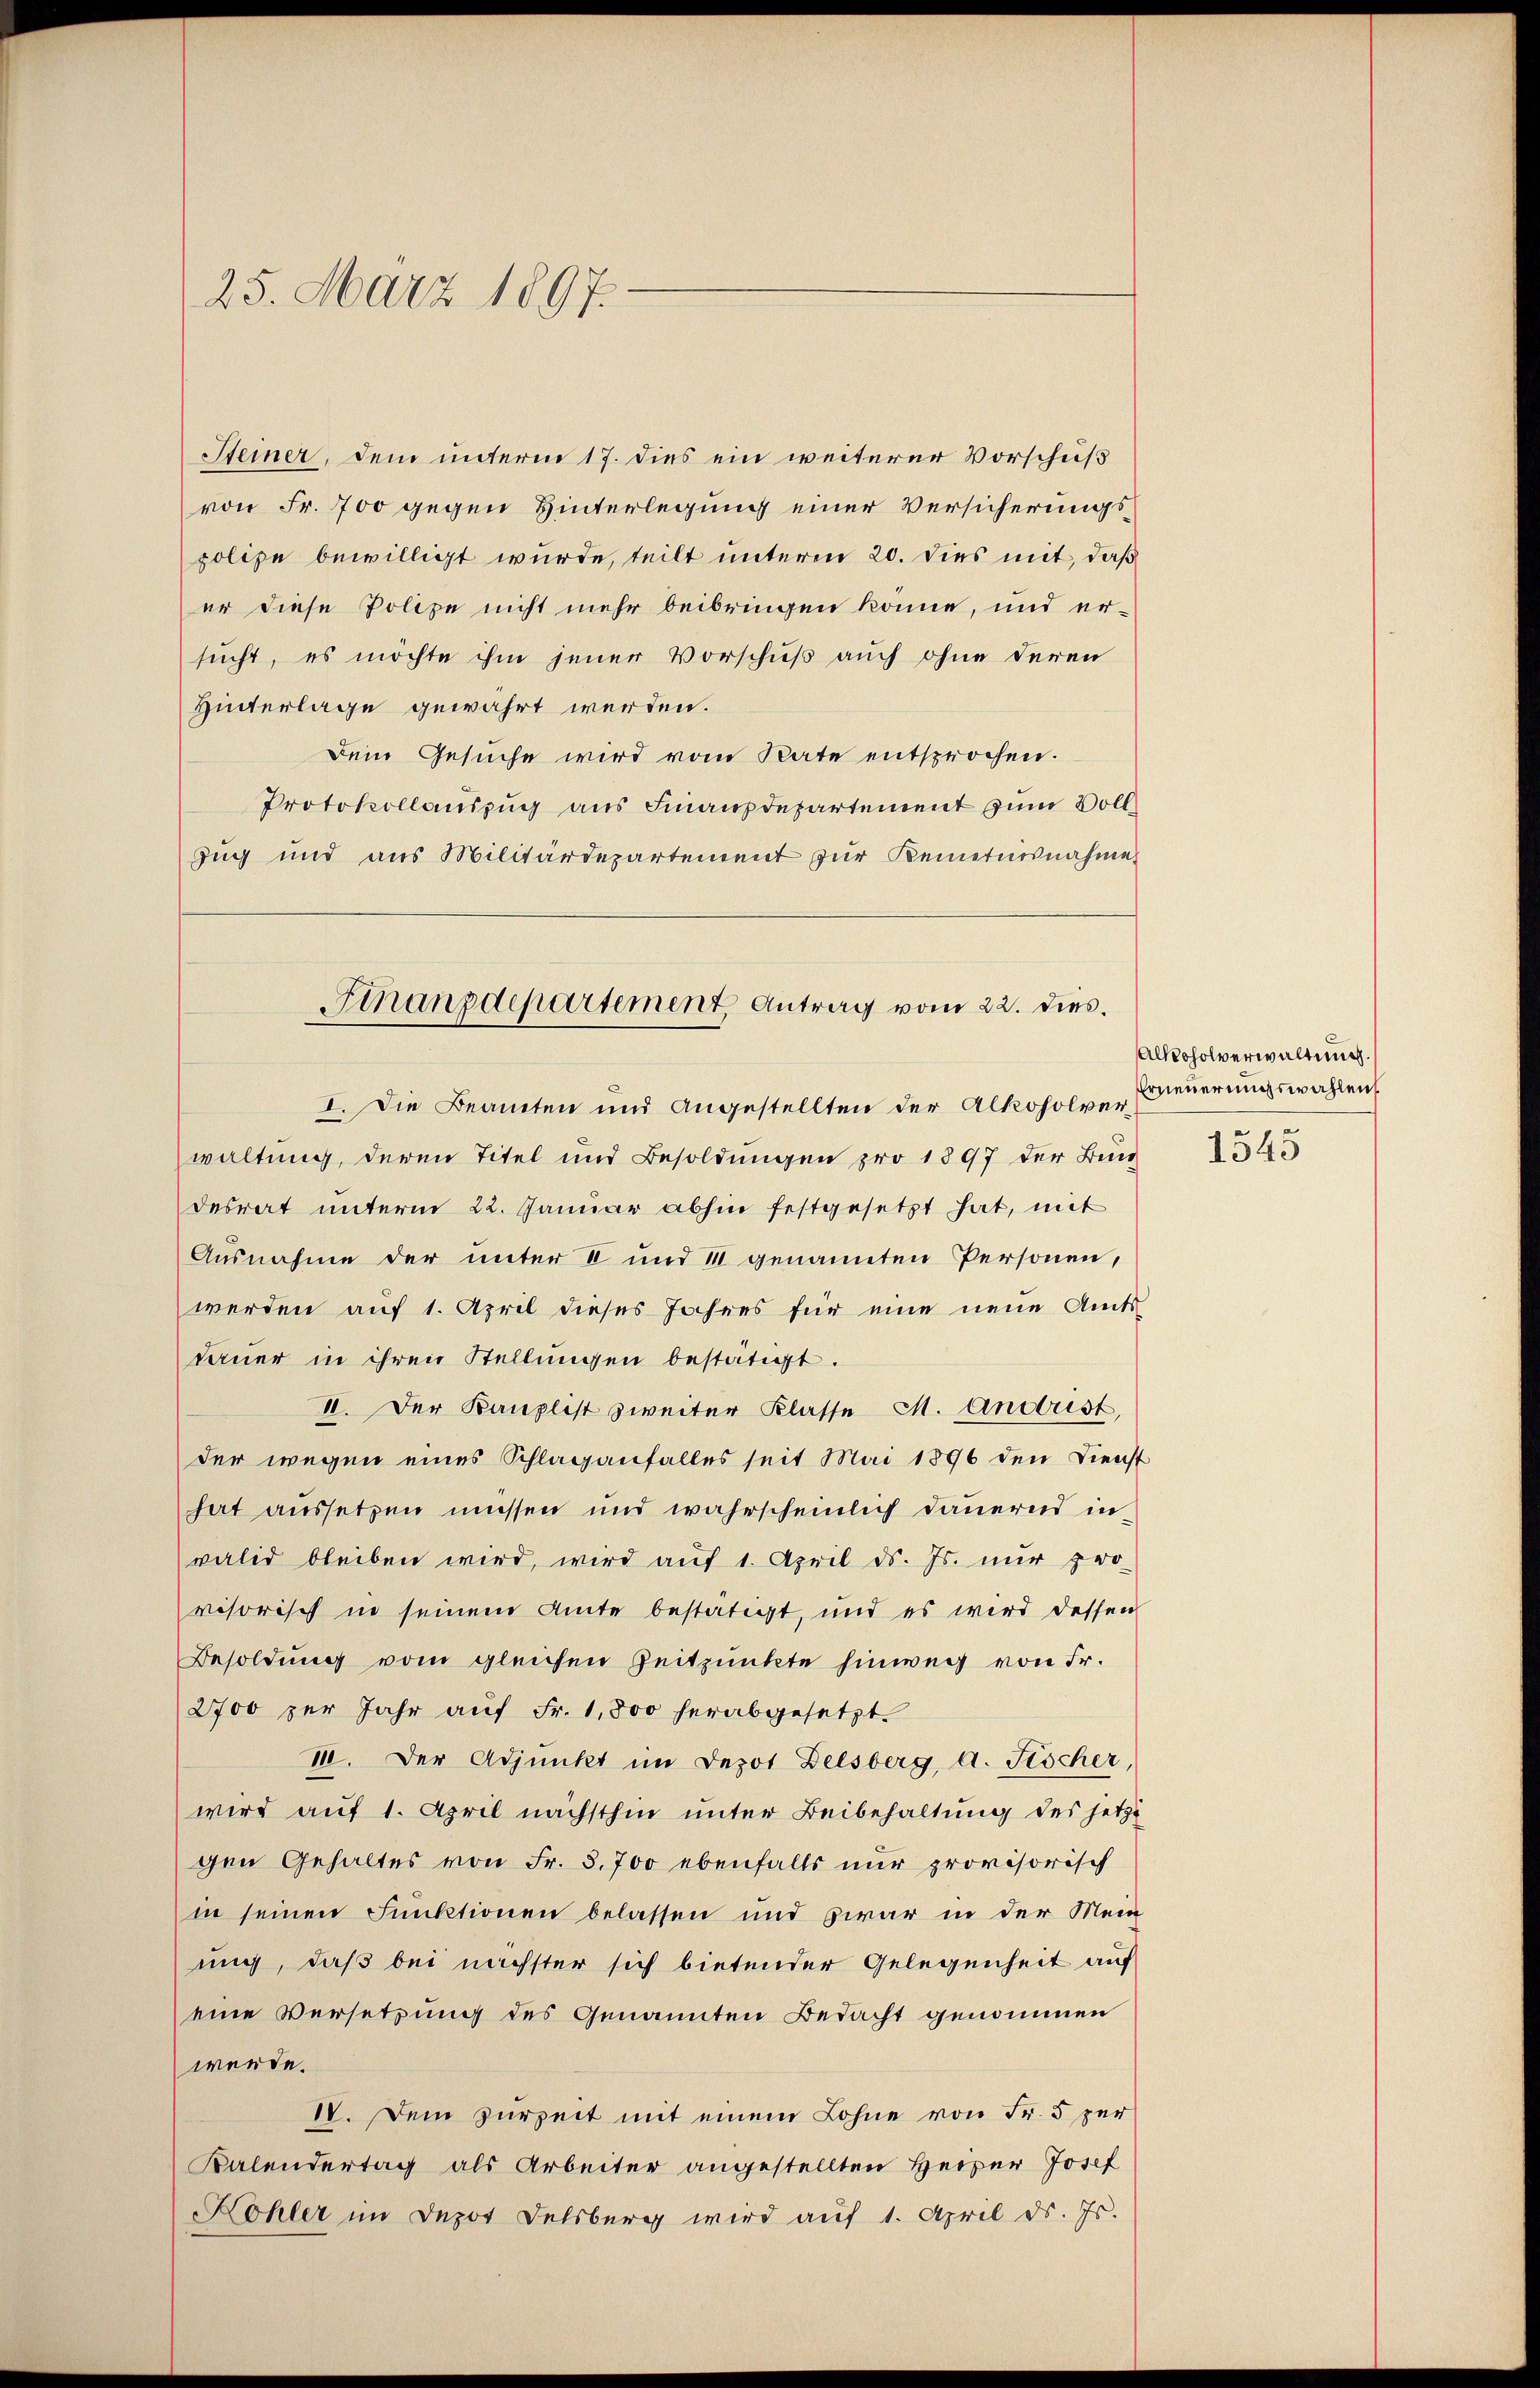
25. März 1897.

Steiner, dem unterm 17. dies ein weiterer Vorschuß
von Fr. 700 gegen Hinterlegung einer Versicherungspolipe bewilligt wurde, teilt unterm 20. dies mit, daß
er diese Polize nicht mehr beibringen könne, und ersucht, es möchte ihm jener Vorschuß auch ohne deren
Hinterlage gewährt werden.
Dein Gesuche wird vom Rate entsprochen.
Protokollauszug aus Finanzdepartement zum Voll¬
Zug und aus Militärdepartement zur Kenntnisnahme
waltung, deren Titel und Besoldungen pro 1897 der Bun
desrat ŭnterm 22. Janŭar abhin festgesetzt hat, mit
Ausnahme der unter II und III genannten Personen,
werden auf 1. April dieses Jahres für eine neue Amtsdaŭer in ihren Stellŭngen bestätigt.
II. Der Kanzlist zweiter Klasse M. Andrist,
der wegen eines Schlaganfalles seit Mai 1896 den Dienst
hat aussetzen müssen und wahrscheinlich dauerns in
valid bleiben wird, wird aŭf 1. April d. Js. nŭr pro-
visorisch in seinem Amte bestätigt, und es wird dessen
Besoldung vom gleichen Zeitpunkte hinweg von Fr.
2700 per Jahr auf Fr. 1,800 herabgesetzt.
III. Der Adjunkt im Depot Delsberg, A. Fischer
wird auf 1. April nächsthin unter Beibehaltung des jetzt
gen Gehaltes von Fr. 8. 700 ebenfalls nur provisorisch
in seinen Funktionen belassen und zwar in der Mein
mig, daß bei nächster sich bietender Gelegenheit auf
eine Versetzung des Genannten Bedacht genommen
werde.
IV. Dem zurzeit mit einem Lohne von Fr. 5 per
Kalendertag als Arbeiter angestellten Heizer Josef
Kohler im Depot Delsberg wird auf 1. April d. Js.

Finanzdepartement Antrag vom 22. dies
I. Die Beamten und angestellten der Alkoholver¬

Alkoholverwaltung.
Erneuerungswahlen

1545